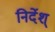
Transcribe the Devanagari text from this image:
निर्देश्